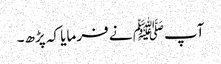
آپﷺ نے فرمایا کہ پڑھ۔